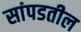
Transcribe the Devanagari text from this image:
सांपडतील